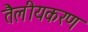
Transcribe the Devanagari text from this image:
तैलीयकरण